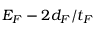
{ \cal E } _ { F } - 2 d _ { F } / t _ { F }